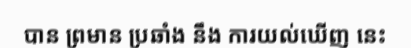
បាន ព្រមាន ប្រឆាំង នឹង ការយល់ឃើញ នេះ